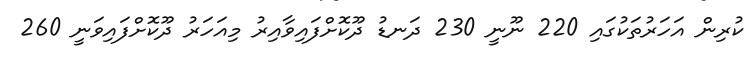
ކުރިން އަހަރުތަކުގައި 220 ނޫނީ 230 ދަނޑު ދޫކޮށްފައިވާއިރު މިއަހަރު ދޫކޮށްފައިވަނީ 260